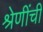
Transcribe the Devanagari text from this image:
श्रेणींची